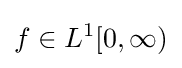
f\in L^{1}[0,\infty )